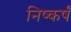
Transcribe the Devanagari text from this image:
निष्कर्षं